Vaccination in Burma 1920-1933 - 1920-1933
Year: 1920
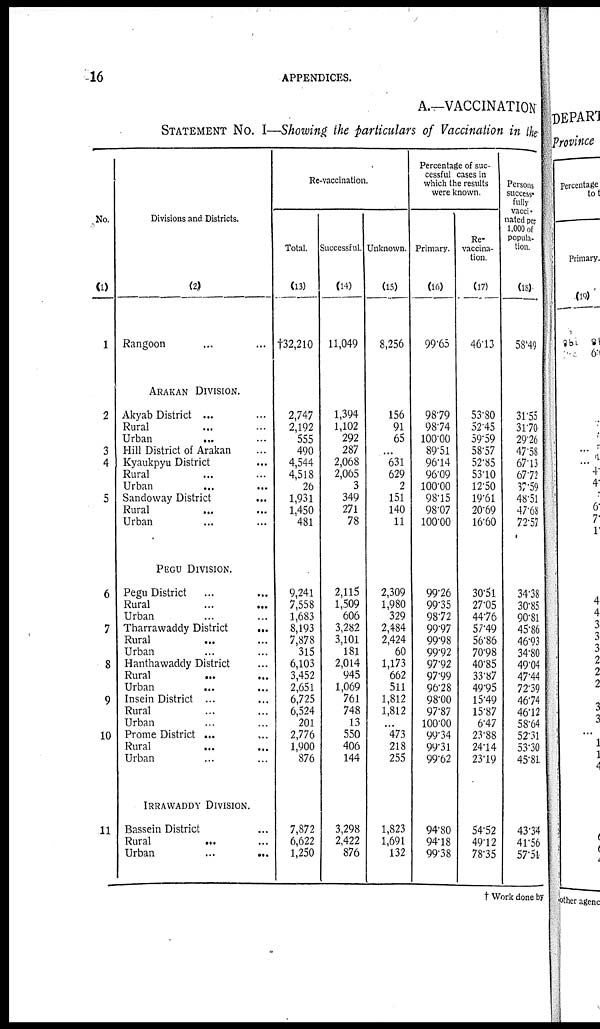
16
APPENDICES.
A.—VACCINATION
STATEMENT NO. I—Showing the particulars of Vaccination in the
No.
(1)
1
2
3
4
5
6
7
8
9
10
11
Divisions and Districts.
(2)
Rangoon... ... ...
ARAKAN DIVISION.
Akyab District... ... ...
Rural... ... ...
Urban...
...
...
Hill District of Arakan... ...
Kyaukpyu District... ...
Rural... ...
Urban... ...
Sandoway District... ...
Rural... ...
Urban... ...
PEGU DIVISION.
Pegu District... ... ...
Rural...
...
...
Urban... ... ...
Tharrawaddy District... ...
Rural... ...
Urban... ... ...
Hanthawaddy District... ... ...
Rural
...
...
...
Urban... ... ...
Insein District... ... ...
Rural... ...
Urban... ...
Prome District ...
Rural...
Urban... ... ...
IRRAWADDY DIVISION.
Bassein District... ... ...
Rural ... ... ...
Urban...
...
...
Re-vaccination.
Total.
(13)
†32,210
2,747
2,192
555
490
4,544
4,518
26
1,931
1,450
481
9,241
7,558
1,683
8,193
7,878
315
6,103
3,452
2,651
6,725
6,524
201
2,776
1,900
876
7,872
6,622
1,250
Successful.
(14)
11,049
1,394
1,102
292
287
2,068
2,065
3
349
271
78
2,115
1,509
606
3,282
3,101
181
2,014
945
1,069
761
748
13
550
406
144
3,298
2,422
876
Unknown.
(15)
8,256
156
91
65
...
631
629
2
151
140
11
2,309
1,980
329
2,484
2,424
60
1,173
662
511
1,812
1,812
...
473
218
255
1,823
1,691
132
Percentage of suc-
cessful cases in
which the results
were known.
Primary.
(16)
99.65
98.79
98.74
100.00
89.51
96.14
96.09
100.00
98.15
98.07
100.00
99.26
99.35
98.72
99.97
99.98
99.92
97.92
97.99
96.28
98.00
97.87
100.00
99.34
99.31
99.62
94.80
94.18
99.38
Re-
vaccina-
tion.
(17)
46.13
53.80
52.45
59.59
58.57
52.85
53.10
12.50
19.61
20.69
16.60
30.51
27.05
44.76
57.49
56.86
70.98
40.85
33.87
49.95
15.49
15.87
6.47
23.88
24.14
23.19
54.52
49.12
78.35
Persons
success-
fully
vacci-
nated per
1,000 of
popula-
tion.
(18)
58.49
31.55
31.70
29.26
47.58
67.13
67.72
37.59
48.51
47.68
72.52
34.38
30.85
90.81
45.86
46.93
34.80
49.04
47.44
72.39
46.74
46.12
58.64
52.31
53.30
45.81
43.34
41.56
57.51
† Work done by